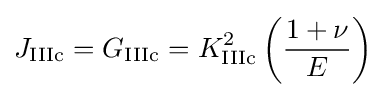
J_{\rm {IIIc}}=G_{\rm {IIIc}}=K_{\rm {IIIc}}^{2}\left({\frac {1+\nu }{E}}\right)